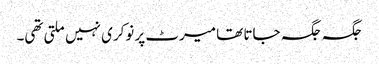
جگہ جگہ جاتا تھا میرٹ پر نوکری نہیں ملتی تھی۔